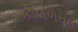
કોલળતા